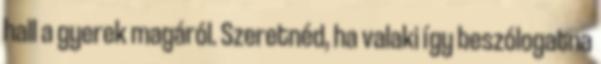
hall a gyerek magáról. Szeretnéd, ha valaki így beszólogatna